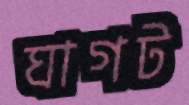
ঘাগট